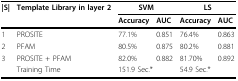
<table><thead><tr><td><b>|S|</b></td><td><b>Template Library in layer 2</b></td><td colspan="2"><b>SVM</b></td><td colspan="2"><b>LS</b></td></tr><tr><td></td><td></td><td><b>Accuracy</b></td><td><b>AUC</b></td><td><b>Accuracy</b></td><td><b>AUC</b></td></tr></thead><tbody><tr><td>1</td><td>PROSITE</td><td>77.1%</td><td>0.851</td><td>76.4%</td><td>0.863</td></tr><tr><td>2</td><td>PFAM</td><td>80.5%</td><td>0.875</td><td>80.2%</td><td>0.881</td></tr><tr><td>3</td><td>PROSITE + PFAM</td><td>82.0%</td><td>0.882</td><td>81.70%</td><td>0.892</td></tr><tr><td></td><td>Training Time</td><td colspan="2">151.9 Sec.*</td><td colspan="2">54.9 Sec.*</td></tr></tbody></table>